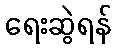
ရေးဆွဲရန်